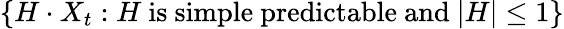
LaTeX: \left\{ H\cdot X_{t}:H\mathrm{{\ is\ simple\ predictable\ and\ }}|H|\leq 1\right\}